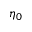
\eta _ { 0 }